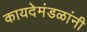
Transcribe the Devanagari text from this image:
कायदेमंडळांनी